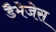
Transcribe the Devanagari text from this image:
डैमेजेस